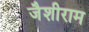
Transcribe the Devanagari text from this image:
जैशीराम